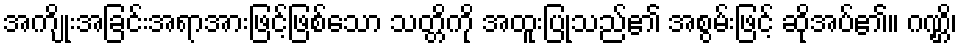
အကျိုးအခြင်းအရာအားဖြင့်ဖြစ်သော သတ္တိကို အထူးပြုသည်၏ အစွမ်းဖြင့် ဆိုအပ်၏။ ဂဏ္ဌိ၊